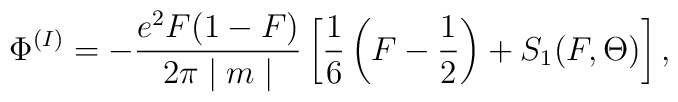
\Phi^{(I)}=-\frac{e^2F(1-F)}{2\pi\mid m\mid}\left[\frac{1}{6}\left(F-\frac{1}{2}\right)+S_1(F,\Theta)\right],